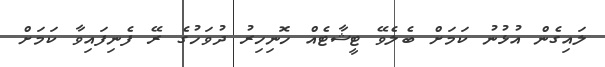
ލައިގެން އުޅުނު ކަމަށް ބެލެވޭ ޓީޝާޓެއް ހޮނިހިރު ދުވަހުގެ ރޭ ފެނިފައިވާ ކަމަށް